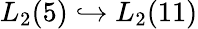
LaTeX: L_{2}(5)\hookrightarrow L_{2}(11)